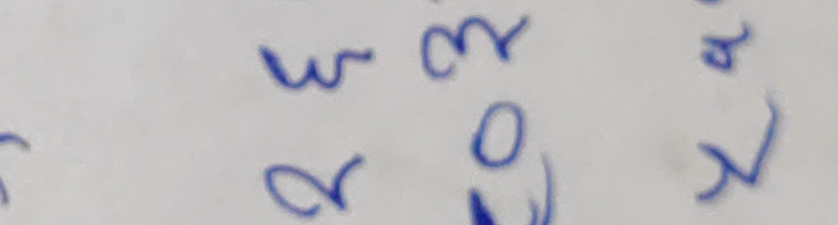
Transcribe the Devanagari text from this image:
२३०२७